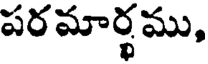
పరమార్థము,